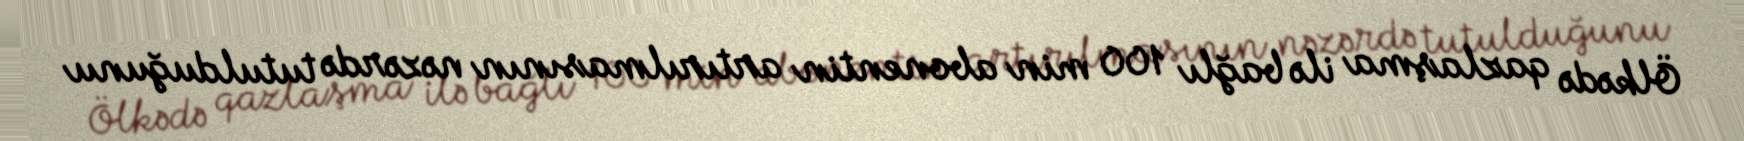
Ölkədə qazlaşma ilə bağlı 100 min abonentin artırılmasının nəzərdə tutulduğunu